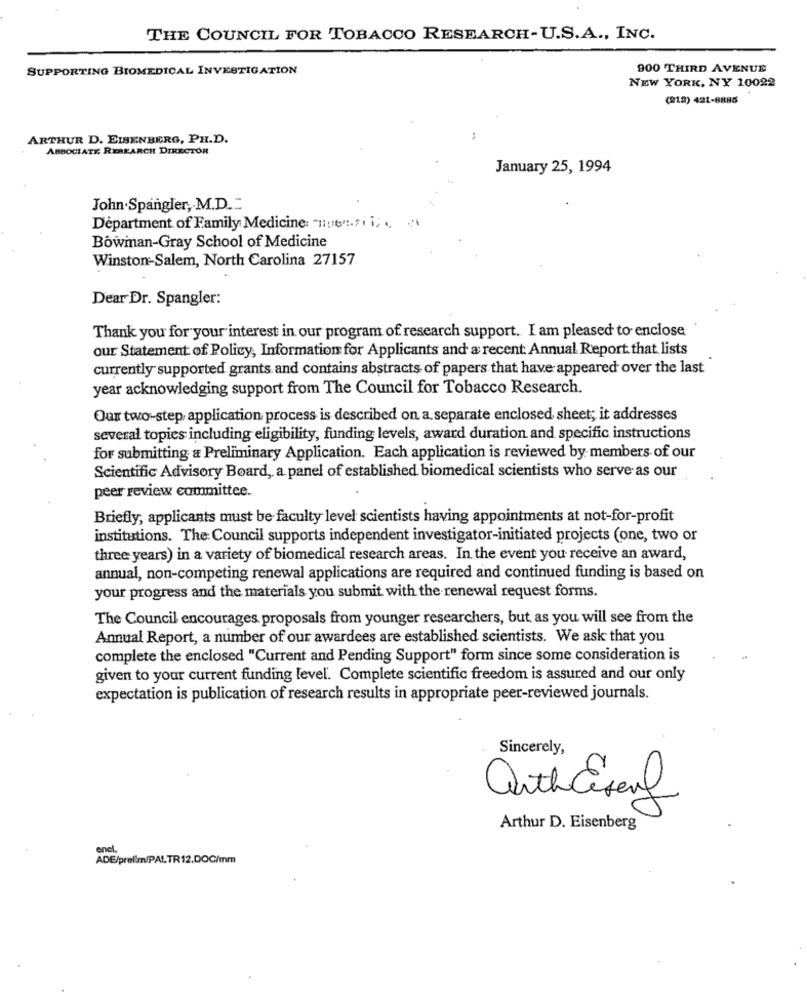
THE COUNCIL FOR TOBACCO RESEARCH-U.S.A ., INC.
SUPPORTING BIOMEDICAL INVESTIGATION
900 THIRD AVENUE
NEW YORK, NY 10022
(219) 421-8885
ARTHUR D. EISENBERG, PH.D.
ABBOCIATE, RESEARCH DIRECTOR
January 25, 1994
John.Spangler, M.D."
Department of Family Medicine Tuenti ;.
Bowman-Gray School of Medicine
Winston-Salem, North Carolina 27157
Dear Dr. Spangler:
Thank you for your interest in our program of research support. I am pleased to enclose
our Statement of Policy, Information for Applicants and a recent Annual Report that lists
currently supported grants and contains abstracts of papers that have appeared over the last
year acknowledging support from The Council for Tobacco Research.
Our two-step application process is described on a separate enclosed sheet; it addresses
several topies including eligibility, funding levels, award duration and specific instructions
for submitting a Preliminary Application. Each application is reviewed by members of our
Scientific Advisory Board, a panel of established biomedical scientists who serve as our
peer review committee.
Briefly, applicants must be faculty level scientists having appointments at not-for-profit
institutions. The Council supports independent investigator-initiated projects (one, two or
three years) in a variety of biomedical research areas. In the event you receive an award,
annual, non-competing renewal applications are required and continued funding is based on
your progress and the materials you submit with the renewal request forms.
The Council encourages proposals from younger researchers, but as you will see from the
Annual Report, a number of our awardees are established scientists. We ask that you
complete the enclosed "Current and Pending Support" form since some consideration is
given to your current funding level. Complete scientific freedom is assured and our only
expectation is publication of research results in appropriate peer-reviewed journals.
Sincerely,
ArthCeseng
Arthur D. Eisenberg
encl.
ADE/prellm/PAL,TR12.DOC/mm